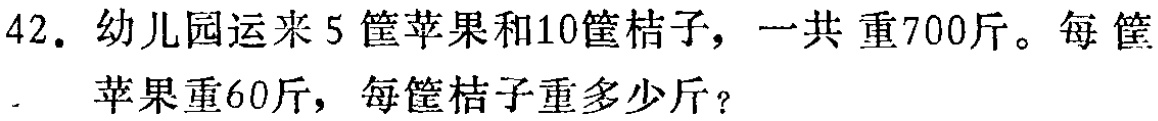
42. 幼儿园运来5筐苹果和10筐桔子，一共重700斤。每筐苹果重60斤，每筐桔子重多少斤？